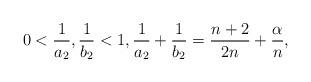
LaTeX: \begin{align*}0<\frac1{a_2}, \frac{1}{b_2}<1, \frac{1}{a_2}+\frac{1}{b_2}=\frac{n+2}{2n}+\frac{\alpha}{n},\end{align*}